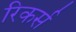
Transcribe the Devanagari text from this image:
रिकर्स